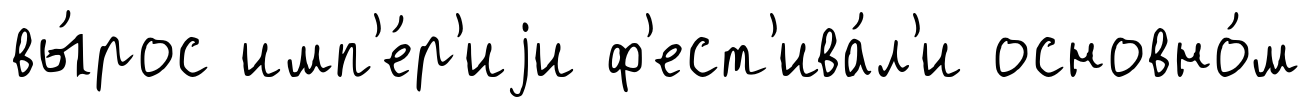
вы́рос имп'е́р'иjи ф'ест'ива́л'и основно́м